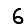
Digit: 6